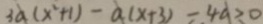
3 a ( x ^ { 2 } + 1 ) - a ( x + 3 ) - 4 a > 0